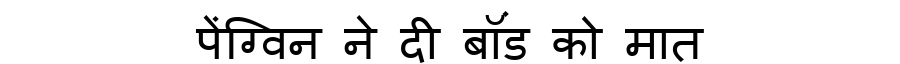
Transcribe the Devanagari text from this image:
पेंग्विन ने दी बॉंड को मात